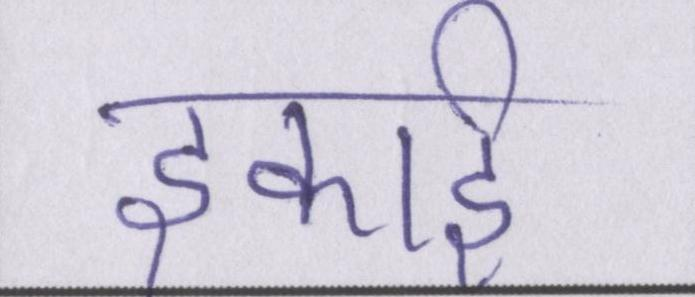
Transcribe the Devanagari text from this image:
इकाई